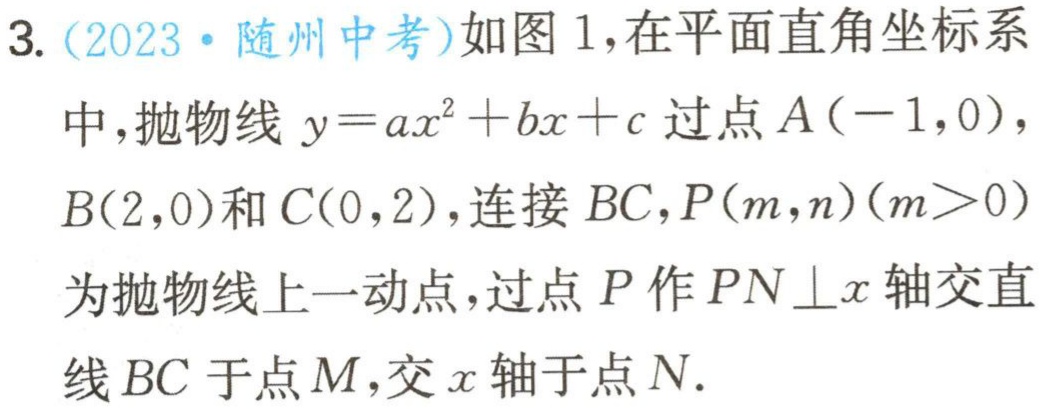
3. (2023·随州中考)如图1，在平面直角坐标系
中，抛物线\(y = ax^{2}+bx + c\)过点\(A(-1,0)\)，
\(B(2,0)\)和\(C(0,2)\)，连接\(BC\)，\(P(m,n)(m > 0)\)
为抛物线上一动点，过点\(P\)作\(PN\perp x\)轴交直
线\(BC\)于点\(M\)，交\(x\)轴于点\(N\).